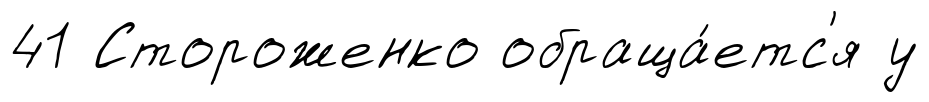
41 Стороженко обраща́етс'я у